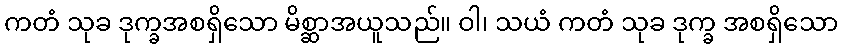
ကတံ သုခ ဒုက္ခအစရှိသော မိစ္ဆာအယူသည်။ ဝါ၊ သယံ ကတံ သုခ ဒုက္ခ အစရှိသော